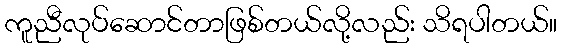
ကူညီလုပ်ဆောင်တာဖြစ်တယ်လို့လည်း သိရပါတယ်။